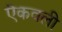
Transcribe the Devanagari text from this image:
ऎकवली